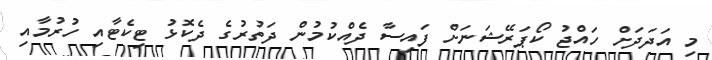
މި އަދަދަށް ހައްޖު ކޯޕަރޭޝަނަށް ފައިސާ ދެއްކުމުން ދަތުރުގެ ދެކޮޅު ޓިކެޓާއި ހުރުމާއި